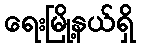
ရေးမြို့နယ်ရှိ